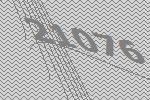
21076